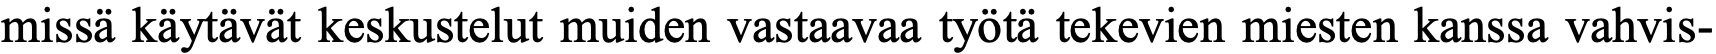
missä käytävät keskustelut muiden vastaavaa työtä tekevien miesten kanssa vahvis-